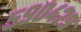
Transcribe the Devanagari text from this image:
५९०४२९